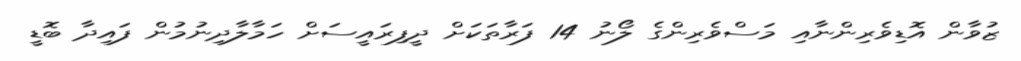
ޒުވާން އޮޑިވެރިންނާއި މަސްވެރިންގެ ލޯނު 14 ފަރާތަކަށް ދީފިރައީސަށް ހަމާލާދިނުމުން ފައިދާ ބޮޑީ